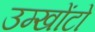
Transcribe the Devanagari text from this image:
उम्खोंटो